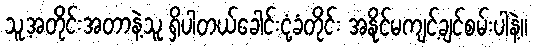
သူ့အတိုင်းအတာနဲ့သူ ရှိပါတယ်ခေါင်းငုံ့ခံတိုင်း အနိုင်မကျင့်ချင်စမ်းပါနဲ့။